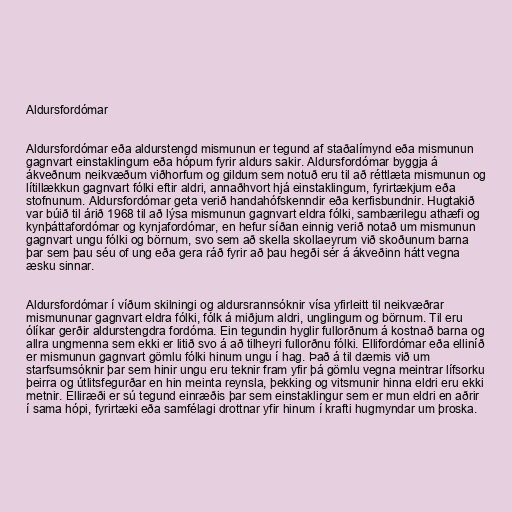
Aldursfordómar

Aldursfordómar eða aldurstengd mismunun er tegund af staðalímynd eða mismunun
gagnvart einstaklingum eða hópum fyrir aldurs sakir. Aldursfordómar byggja á
ákveðnum neikvæðum viðhorfum og gildum sem notuð eru til að réttlæta mismunun og
lítillækkun gagnvart fólki eftir aldri, annaðhvort hjá einstaklingum, fyrirtækjum eða
stofnunum. Aldursfordómar geta verið handahófskenndir eða kerfisbundnir. Hugtakið
var búið til árið 1968 til að lýsa mismunun gagnvart eldra fólki, sambærilegu athæfi og
kynþáttafordómar og kynjafordómar, en hefur síðan einnig verið notað um mismunun
gagnvart ungu fólki og börnum, svo sem að skella skollaeyrum við skoðunum barna
þar sem þau séu of ung eða gera ráð fyrir að þau hegði sér á ákveðinn hátt vegna
æsku sinnar.

Aldursfordómar í víðum skilningi og aldursrannsóknir vísa yfirleitt til neikvæðrar
mismununar gagnvart eldra fólki, fólk á miðjum aldri, unglingum og börnum. Til eru
ólíkar gerðir aldurstengdra fordóma. Ein tegundin hyglir fullorðnum á kostnað barna og
allra ungmenna sem ekki er litið svo á að tilheyri fullorðnu fólki. Ellifordómar eða elliníð
er mismunun gagnvart gömlu fólki hinum ungu í hag. Það á til dæmis við um
starfsumsóknir þar sem hinir ungu eru teknir fram yfir þá gömlu vegna meintrar lífsorku
þeirra og útlitsfegurðar en hin meinta reynsla, þekking og vitsmunir hinna eldri eru ekki
metnir. Elliræði er sú tegund einræðis þar sem einstaklingur sem er mun eldri en aðrir
í sama hópi, fyrirtæki eða samfélagi drottnar yfir hinum í krafti hugmyndar um þroska.